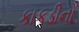
કાકડીનો